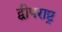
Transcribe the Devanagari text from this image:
द्वीपराष्ट्र